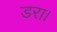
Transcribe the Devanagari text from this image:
डरा।